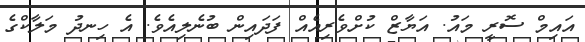
އައިމް ސޮރީ މައު. އަޔާޒް ކުށްވެރިއެއް ފަދައިން ބުނެލިއެވެ. އެ ހިނދު މަލާކްގެ